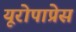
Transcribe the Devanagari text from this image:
यूरोपाप्रेस